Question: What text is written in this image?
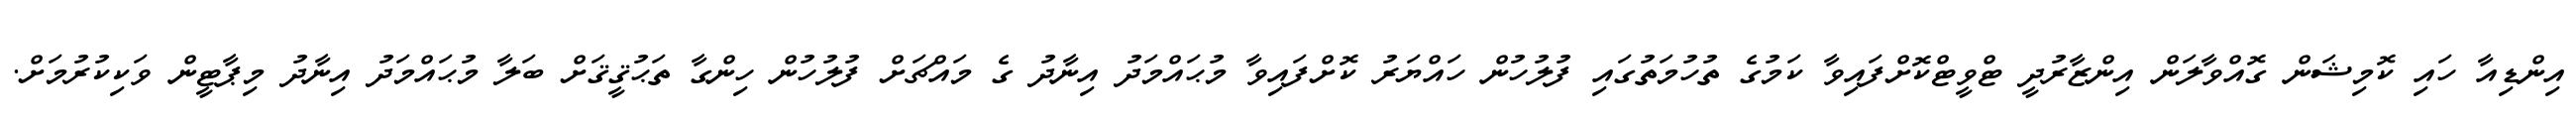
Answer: އިންޑިއާ ހައި ކޮމިޝަން ގޮއްވާލަން އިންޒާރުދީ ޓްވީޓްކޮށްފައިވާ ކަމުގެ ތުހުމަތުގައި ފުލުހުން ހައްޔަރު ކޮށްފައިވާ މުޙައްމަދު އިނާދު ގެ މައްޗަށް ފުލުހުން ހިންގާ ތަޙުޤީޤަށް ބަލާ މުޙައްމަދު އިނާދު މިޕާޓީން ވަކިކުރުމަށް.